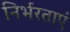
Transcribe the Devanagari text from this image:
निर्भरताएं